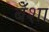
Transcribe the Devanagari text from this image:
बेँशा